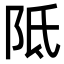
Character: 阺